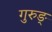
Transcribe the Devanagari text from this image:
गुरुङ्